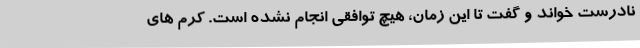
نادرست خواند و گفت تا این زمان، هیچ توافقی انجام نشده است. کرم‌ های